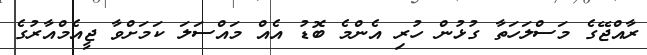
ރާއްޖޭގެ މަސްލަހަތާ ގުޅުން ހުރި އެންމެ ބޮޑު އެއް މައްސަލަ ކަމަށްވާ ޖީއެމްއާރުގެ